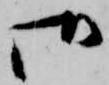
御